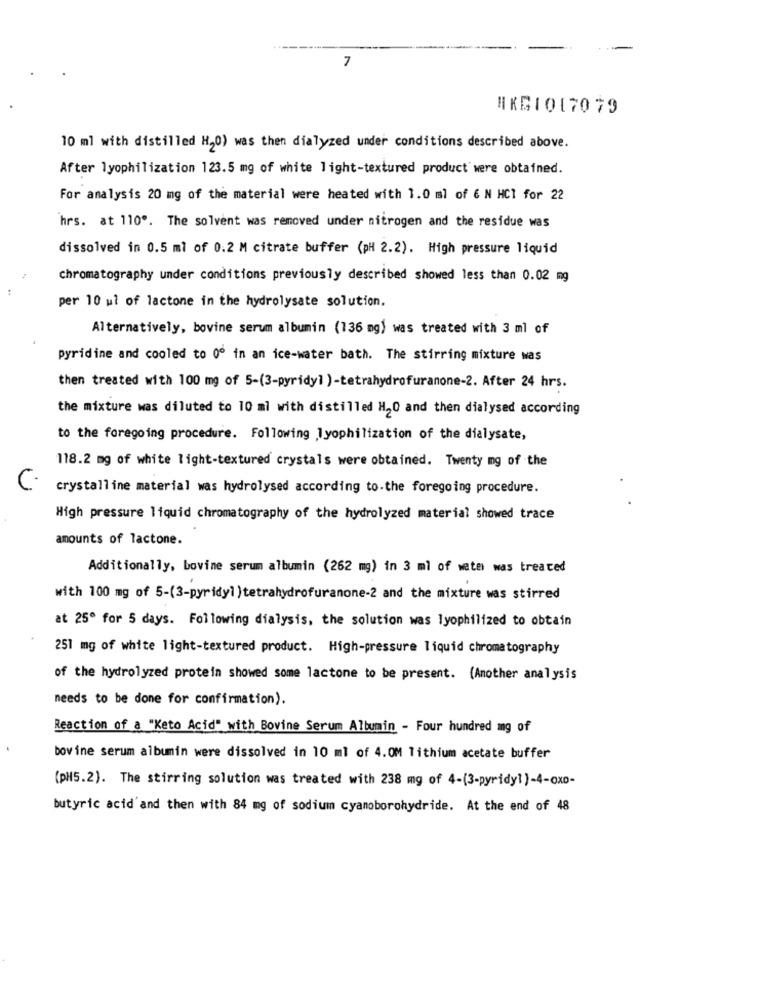
7
HKG1017079
10 ml with distilled H20) was then dialyzed under conditions described above.
After lyophilization 123.5 mg of white light-textured product were obtained.
For analysis 20 mg of the material were heated with 1.0 ml of 6 N HCI for 22
hrs. at 110º. The solvent was removed under nitrogen and the residue was
dissolved in 0.5 ml of 0.2 M citrate buffer (pH 2.2). High pressure liquid
chromatography under conditions previously described showed less than 0.02 mg
per 10 ul of lactone in the hydrolysate solution.
Alternatively, bovine serum albumin (136 mg) was treated with 3 ml of
pyridine and cooled to 0º in an ice-water bath. The stirring mixture was
then treated with 100 mg of 5-(3-pyridy] )-tetrahydrofuranone-2. After 24 hrs.
the mixture was diluted to 10 ml with distilled H20 and then dialysed according
to the foregoing procedure. Following lyophilization of the dialysate,
118.2 mg of white light-textured crystals were obtained. Twenty mg of the
crystalline material was hydrolysed according to-the foregoing procedure.
High pressure liquid chromatography of the hydrolyzed material showed trace
amounts of lactone.
Additionally, bovine serum albumin (262 mg) in 3 ml of water was treated
with 100 mg of 5-(3-pyridy] )tetrahydrofuranone-2 and the mixture was stirred
at 25º for 5 days. Following dialysis, the solution was lyophilized to obtain
251 mg of white light-textured product. High-pressure liquid chromatography
of the hydrolyzed protein showed some lactone to be present. (Another analysis
needs to be done for confirmation).
Reaction of a "Keto Acid" with Bovine Serum Albumin - Four hundred mg of
bovine serum albumin were dissolved in 10 ml of 4.OM lithium acetate buffer
(pH5.2). The stirring solution was treated with 238 mg of 4-(3-pyridyl )-4-oxo-
butyric acid'and then with 84 mg of sodium cyanoborohydride. At the end of 48